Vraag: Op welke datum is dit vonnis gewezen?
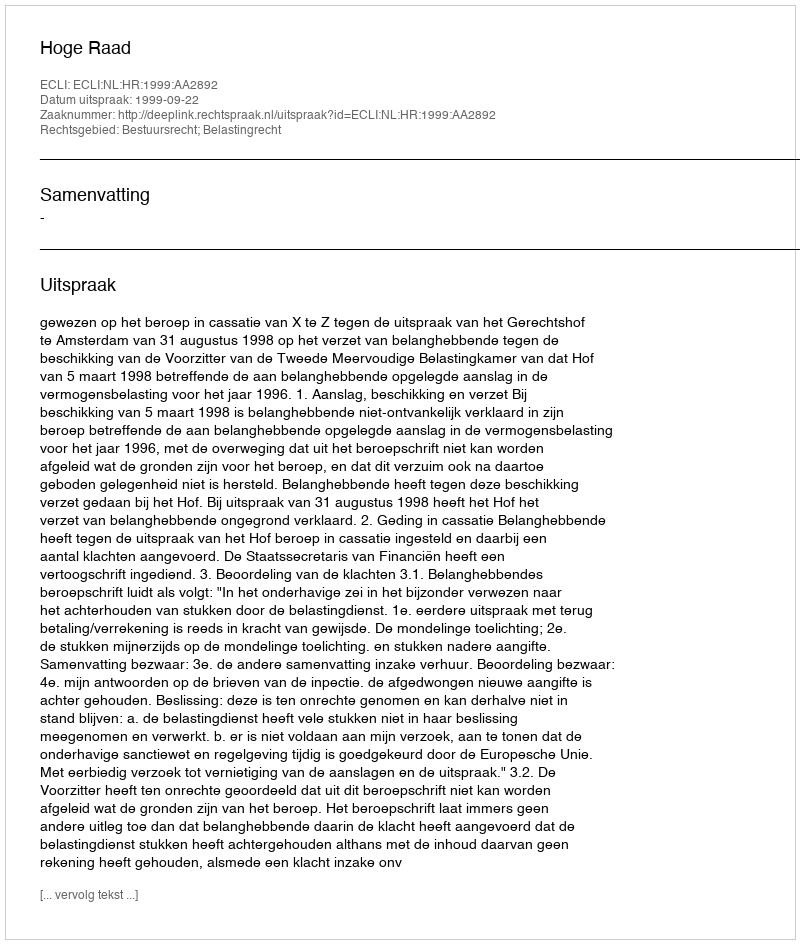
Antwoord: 1999-09-22